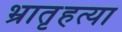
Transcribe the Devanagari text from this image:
भ्रातृहत्या